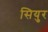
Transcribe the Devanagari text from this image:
सियुर